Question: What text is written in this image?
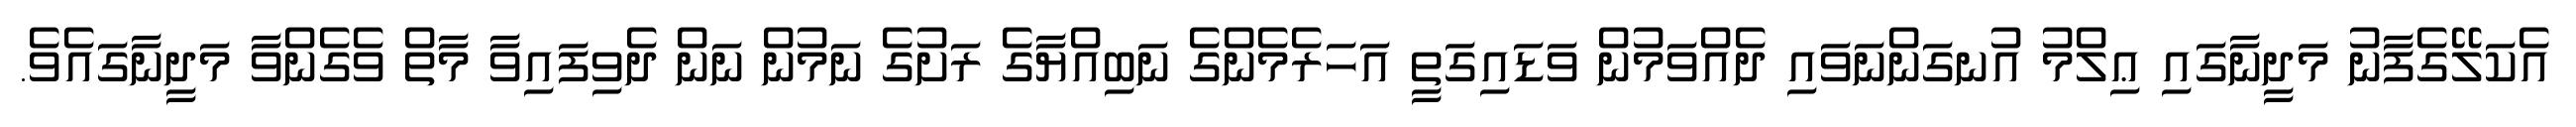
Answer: އެކަލޭގެފާނު މަދީނާގައި ޢިލްމު އުނގަންނަވައި ދެއްވަމުން ވަޑައިގަތީ އަހަރެމެންގެ ނަބިއްޔާގެ ރަށުގެ ނަމުން ނަން ދެވިފައިވާ މާތް ވެގެންވާ މަދީނާގައެވެ.